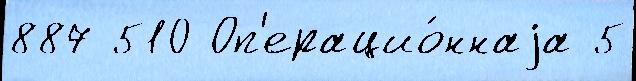
887 510 Оп'ерацио́ннаjа 5